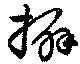
擗